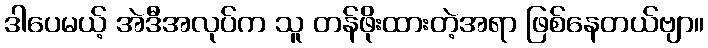
ဒါပေမယ့် အဲဒီအလုပ်က သူ တန်ဖိုးထားတဲ့အရာ ဖြစ်နေတယ်ဗျာ။